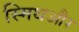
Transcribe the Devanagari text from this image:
स्मिथऔर